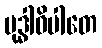
မုဒ္ဓါဓိပါတေ